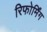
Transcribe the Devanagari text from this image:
रिफोर्मिंग